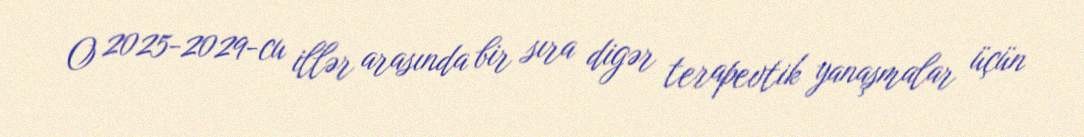
O 2025-2029-cu illər arasında bir sıra digər terapevtik yanaşmalar üçün